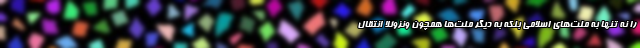
را نه تنها به ملت‌های اسلامی بلکه به دیگر ملت‌ها همچون ونزوئلا انتقال